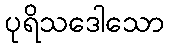
ပုရိသဒေါသော